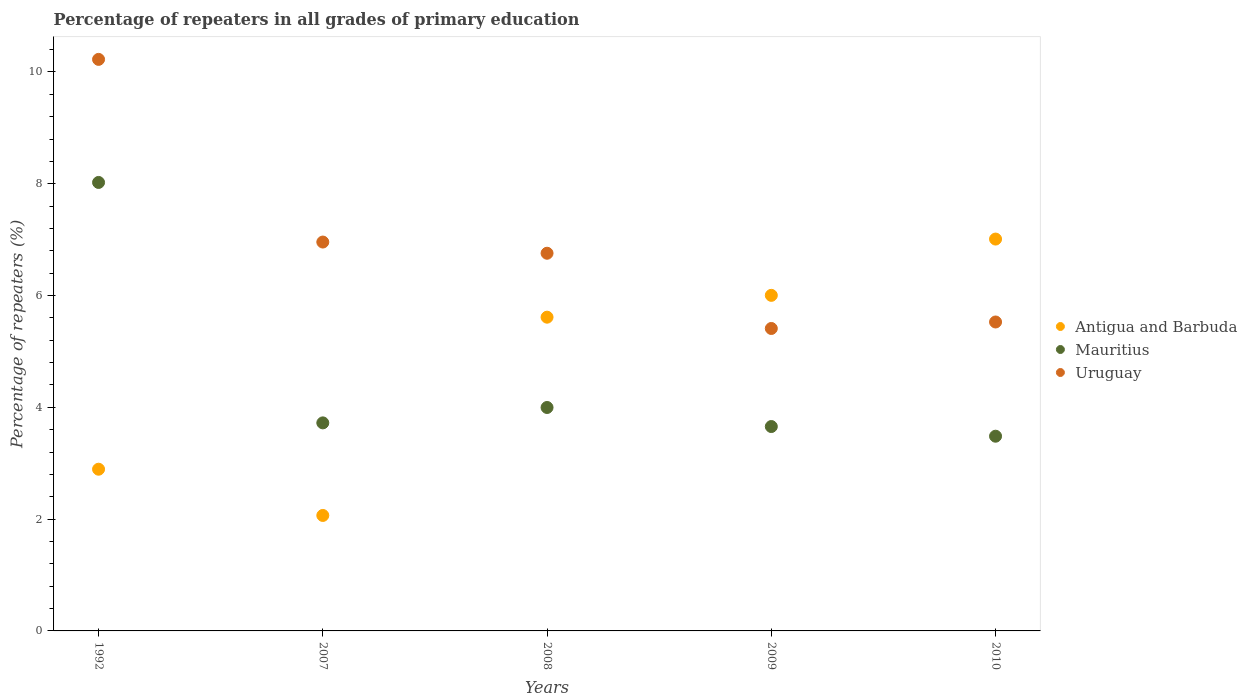
| Years | Antigua and Barbuda | Mauritius | Uruguay |
 | --- | --- | --- | --- |
 | 1992 | 2.89 | 8.02 | 10.2 |
 | 2007 | 2.07 | 3.72 | 6.96 |
 | 2008 | 5.61 | 4 | 6.76 |
 | 2009 | 6 | 3.66 | 5.41 |
 | 2010 | 7.01 | 3.48 | 5.53 |